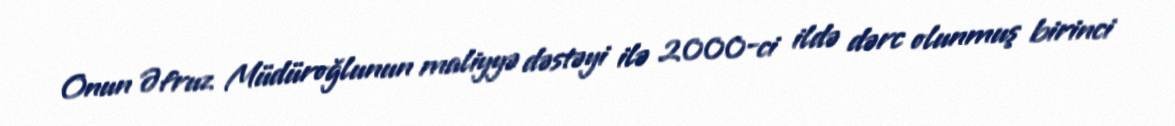
Onun Əfruz Müdüroğlunun maliyyə dəstəyi ilə 2000-ci ildə dərc olunmuş birinci